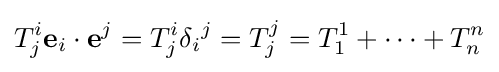
T_{j}^{i}\mathbf {e} _{i}\cdot \mathbf {e} ^{j}=T_{j}^{i}\delta _{i}{}^{j}=T_{j}^{j}=T_{1}^{1}+\cdots +T_{n}^{n}